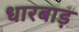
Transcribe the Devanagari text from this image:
धारबाड़